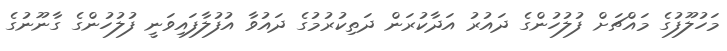
މަހުލޫފުގެ މައްޗަށް ފުލުހުންގެ ދައުރު އަދާކުރަން ދަތިކުރުމުގެ ދައުވާ އުފުލާފައިވަނީ ފުލުހުންގެ ގާނޫނުގެ